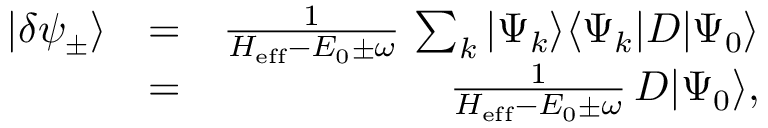
\begin{array} { r l r } { | \delta \psi _ { \pm } \rangle } & { = } & { \frac { 1 } { H _ { \mathrm { e f f } } - E _ { 0 } \pm \omega } \, \sum _ { k } | \Psi _ { k } \rangle \langle \Psi _ { k } | D | \Psi _ { 0 } \rangle } \\ & { = } & { \frac { 1 } { H _ { \mathrm { e f f } } - E _ { 0 } \pm \omega } \, D | \Psi _ { 0 } \rangle , } \end{array}